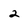
Character: 2